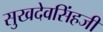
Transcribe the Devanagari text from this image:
सुखदेवसिंहजी